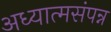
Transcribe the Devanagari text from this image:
अध्यात्मसंपन्न